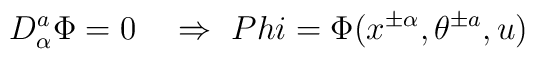
D^a_\alpha \Phi = 0  \ \ \ \Rightarrow \ \ \\Phi=\Phi(x^{\pm\alpha},\theta^{\pm a}, u)